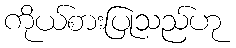
ကိုယ်စားပြုသည်ဟု